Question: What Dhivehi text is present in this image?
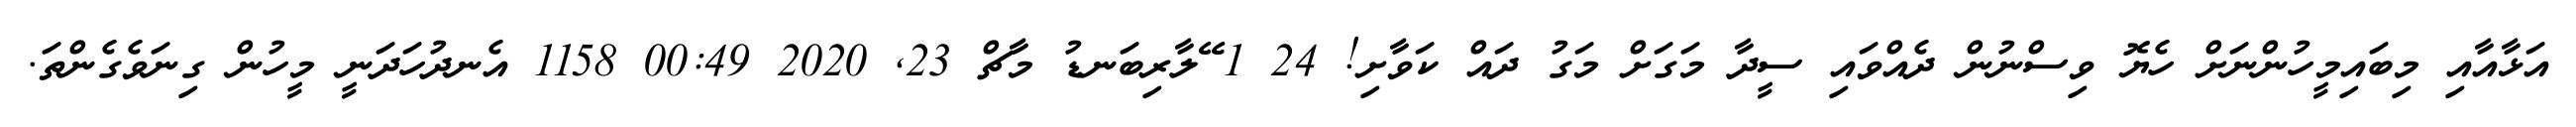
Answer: އަޅާއާއި މިބައިމީހުންނަށް ހެޔޮ ވިސްނުން ދެއްވައި ސީދާ މަގަށް މަގު ދައް ކަވާށި! 24 1 ޭލާރިބަނޑު މާޗް 23, 2020 00:49 1158 އެނދުހަދަނީ މީހުން ގިނަވެގެންތަ.